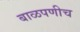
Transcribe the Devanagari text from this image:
बाळपणीच